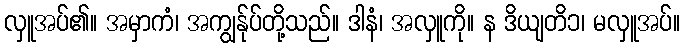
လှူအပ်၏။ အမှာကံ၊ အကျွန်ုပ်တို့သည်။ ဒါနံ၊ အလှူကို။ န ဒိယျတိ၁၊ မလှူအပ်။